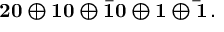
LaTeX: \bf 2 0 \oplus 1 0 \oplus \bar { 1 0 } \oplus 1 \oplus \bar { 1 } \, .